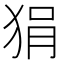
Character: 狷